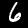
Digit: 6